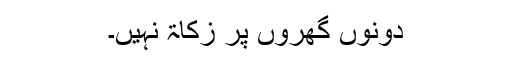
دونوں گھروں پر زکاۃ نہیں۔